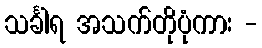
သင်္ခါရ အသက်တိုပုံကား -